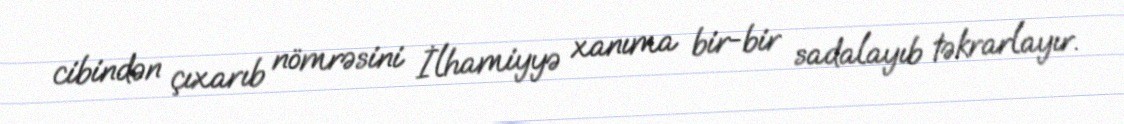
cibindən çıxarıb nömrəsini İlhamiyyə xanıma bir-bir sadalayıb təkrarlayır.